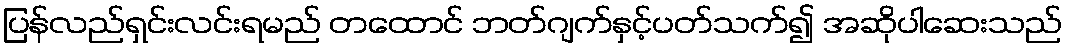
ပြန်လည်ရှင်းလင်းရမည် တထောင် ဘတ်ဂျက်နှင့်ပတ်သက်၍ အဆိုပါဆေးသည်